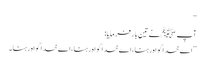
‘‘
آپ ﷺنے تین بار فرمایا:
’’اے خدا گواہ رہنا،اے خدا گواہ رہنا،اے خدا گواہ رہنا ۔